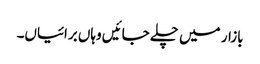
بازار میں چلے جائیں وہاں برائیاں۔